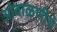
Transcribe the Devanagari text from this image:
ओवाळणीचे